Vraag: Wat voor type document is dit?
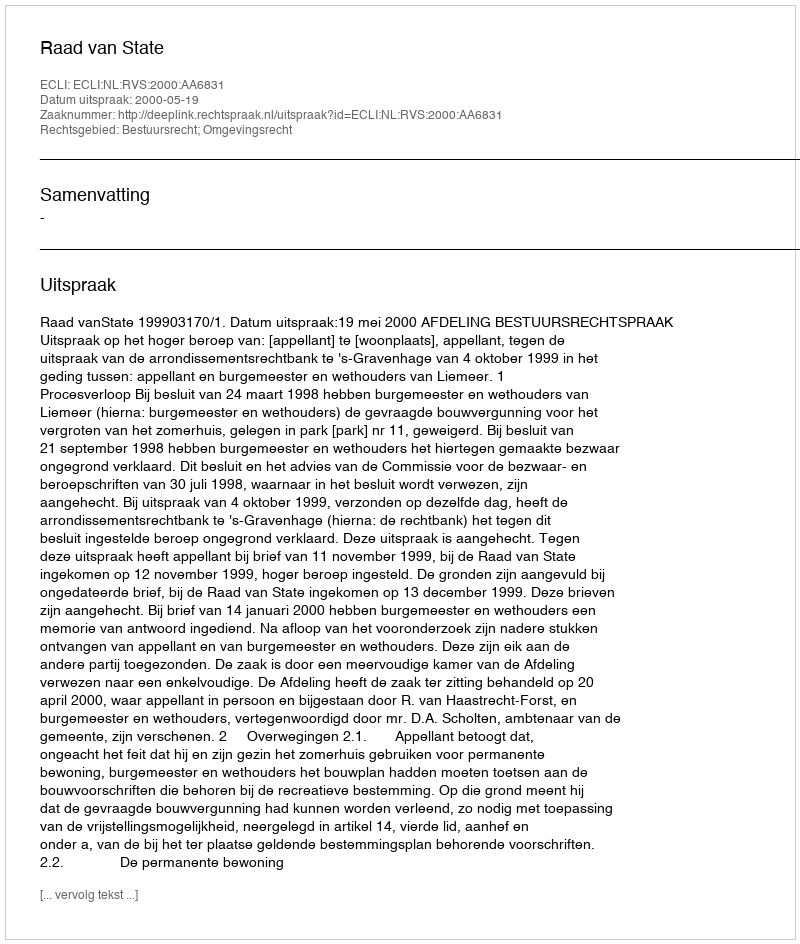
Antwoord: Uitspraak